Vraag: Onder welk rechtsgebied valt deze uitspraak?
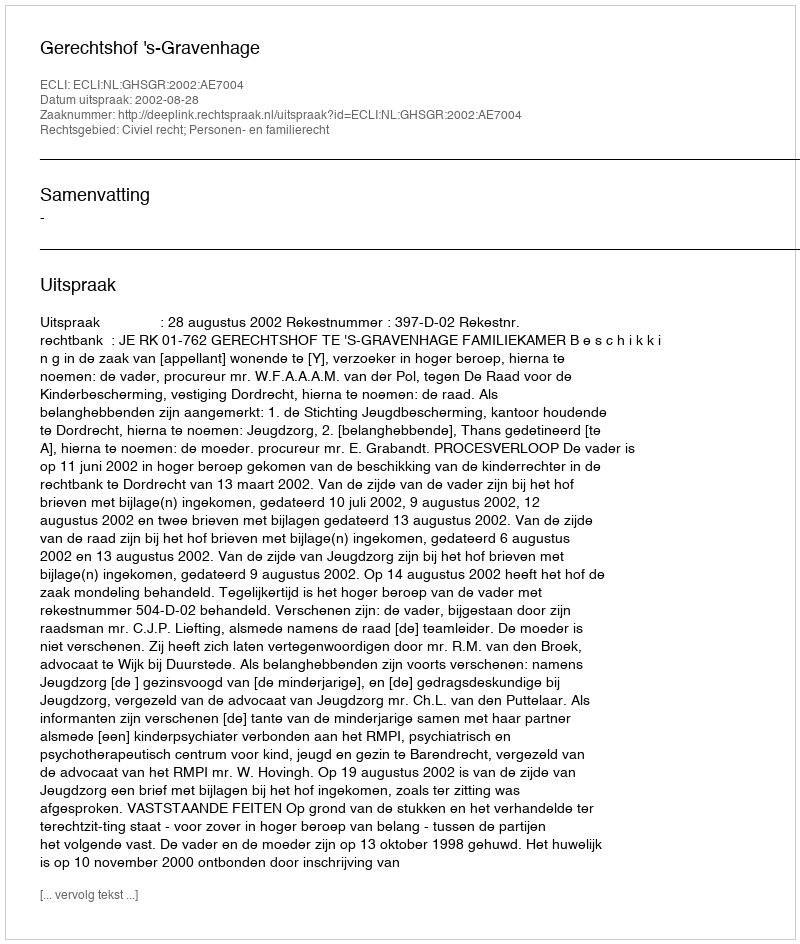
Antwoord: Civiel recht; Personen- en familierecht